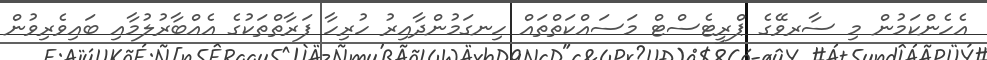
އެހެންކަމުން މި ސާރވޭގެ ޕްރީޓެސްޓް މަސައްކަތްތައް ހިނގަމުންދާއިރު ހުރިހާ ފަރާތްތަކުގެ އެއްބާރުލުމާއި ބައިވެރިވުން